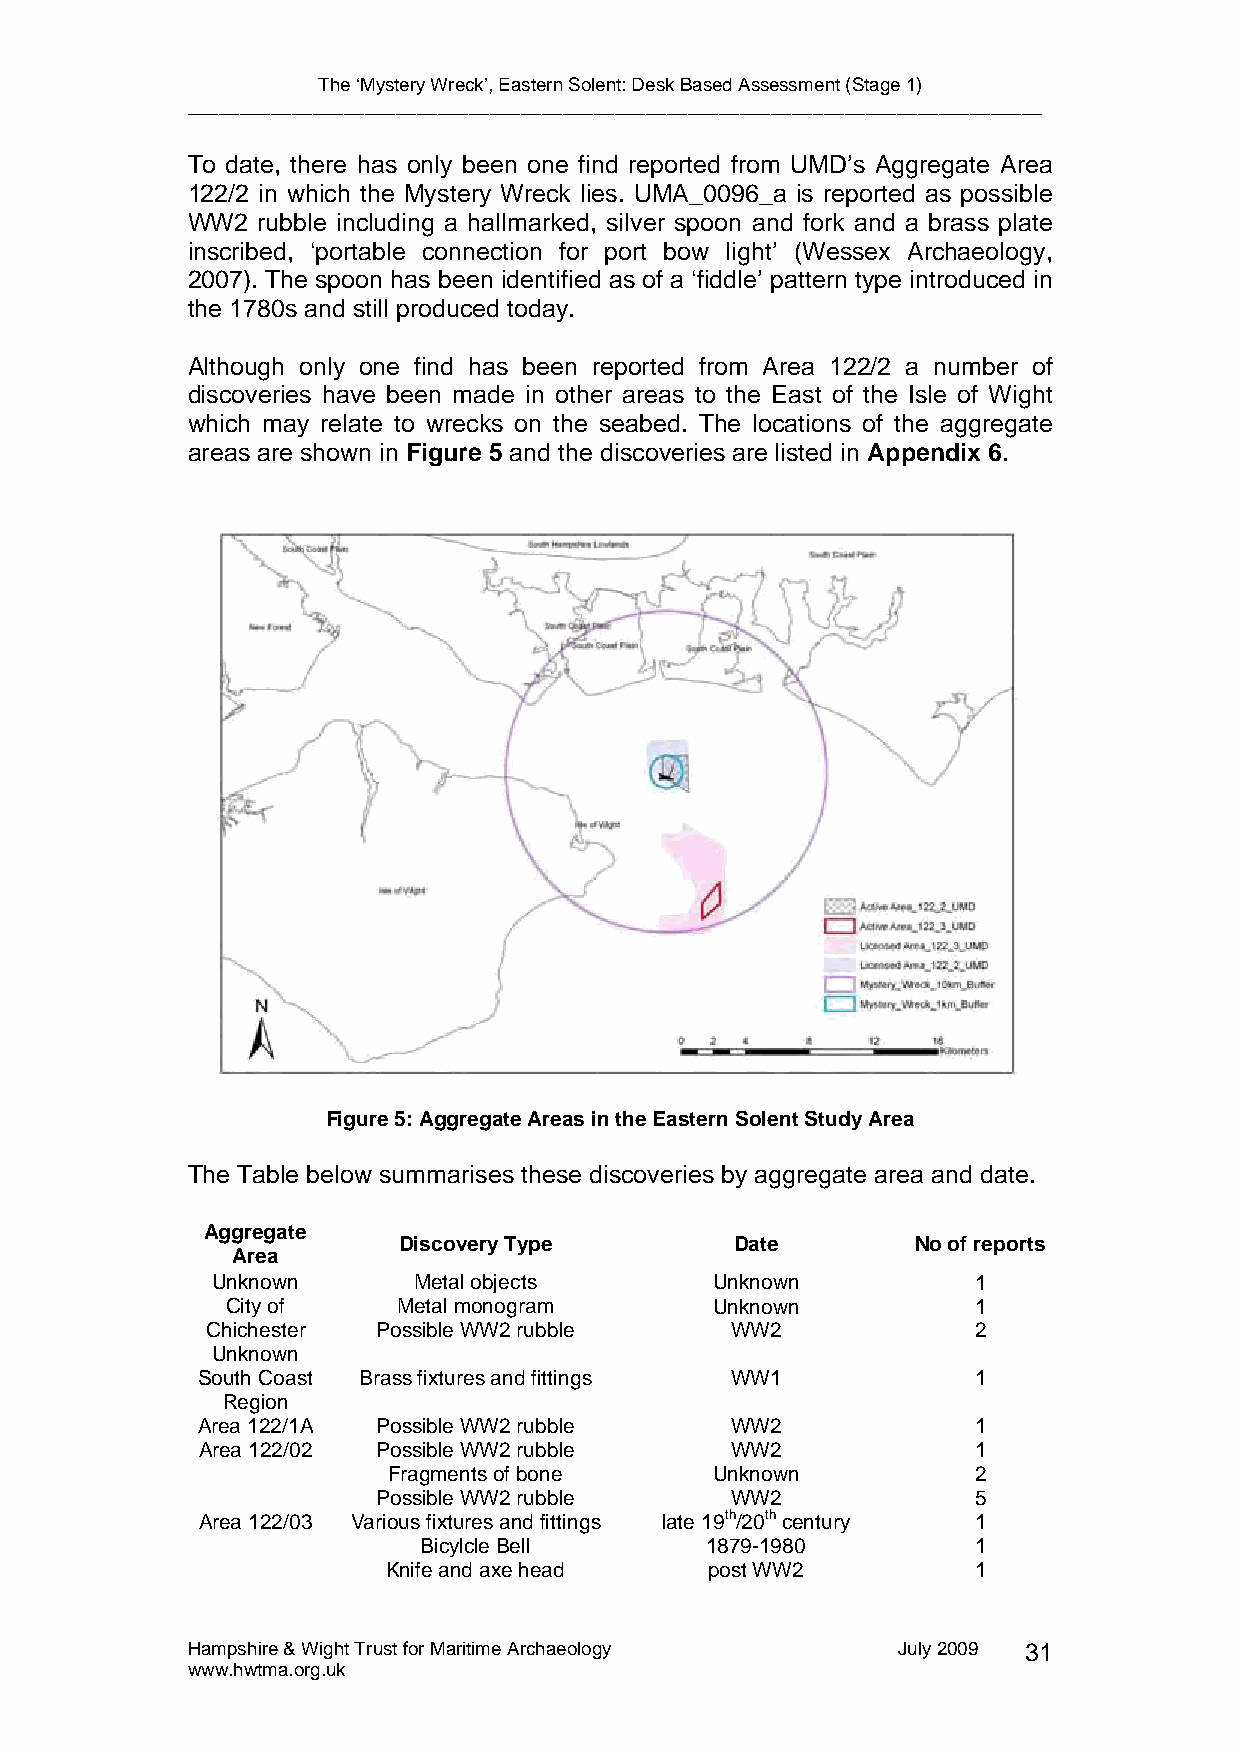
The ‘Mystery Wreck’, Eastern Solent: Desk Based Assessment (Stage 1)
 __________________________________________________________________________________
 To date, there has only been one find reported from UMD’s Aggregate Area
 122/2 in which the Mystery Wreck lies. UMA_0096_a is reported as possible
 WW2  rubble including a hallmarked, silver spoon and fork and a brass plate
 inscribed, ‘portable connection for port bow light’ (Wessex Archaeology,
 2007). The spoon has been identified as of a ‘fiddle’ pattern type introduced in
 the 1780s and still produced today.
 Although only one find has been reported from Area 122/2 a number of
 discoveries have been made in other areas to the East of the Isle of Wight
 which may relate to wrecks on the seabed. The locations of the aggregate
 areas are shown in Figure 5 and the discoveries are listed in Appendix 6.
 Figure 5: Aggregate Areas in the Eastern Solent Study Area
 The Table below summarises these discoveries by aggregate area and date.
 Aggregate
 Discovery Type         Date        No of reports
 Area
 Unknown      Metal objects       Unknown          1
 City of    Metal monogram       Unknown          1
 Chichester Possible WW2 rubble    WW2             2
 Unknown
 South Coast Brass fixtures and fittings WW1        1
 Region
 Area 122/1A Possible WW2 rubble    WW2             1
 Area 122/02 Possible WW2 rubble    WW2             1
 Fragments of bone    Unknown          2
 Possible WW2 rubble    WW2             5
 Area 122/03 Various fixtures and fittings late 19th/20th century 1
 Bicylcle Bell      1879-1980        1
 Knife and axe head   post WW2         1
 Hampshire & Wight Trust for Maritime Archaeology July 2009 31
 www.hwtma.org.uk